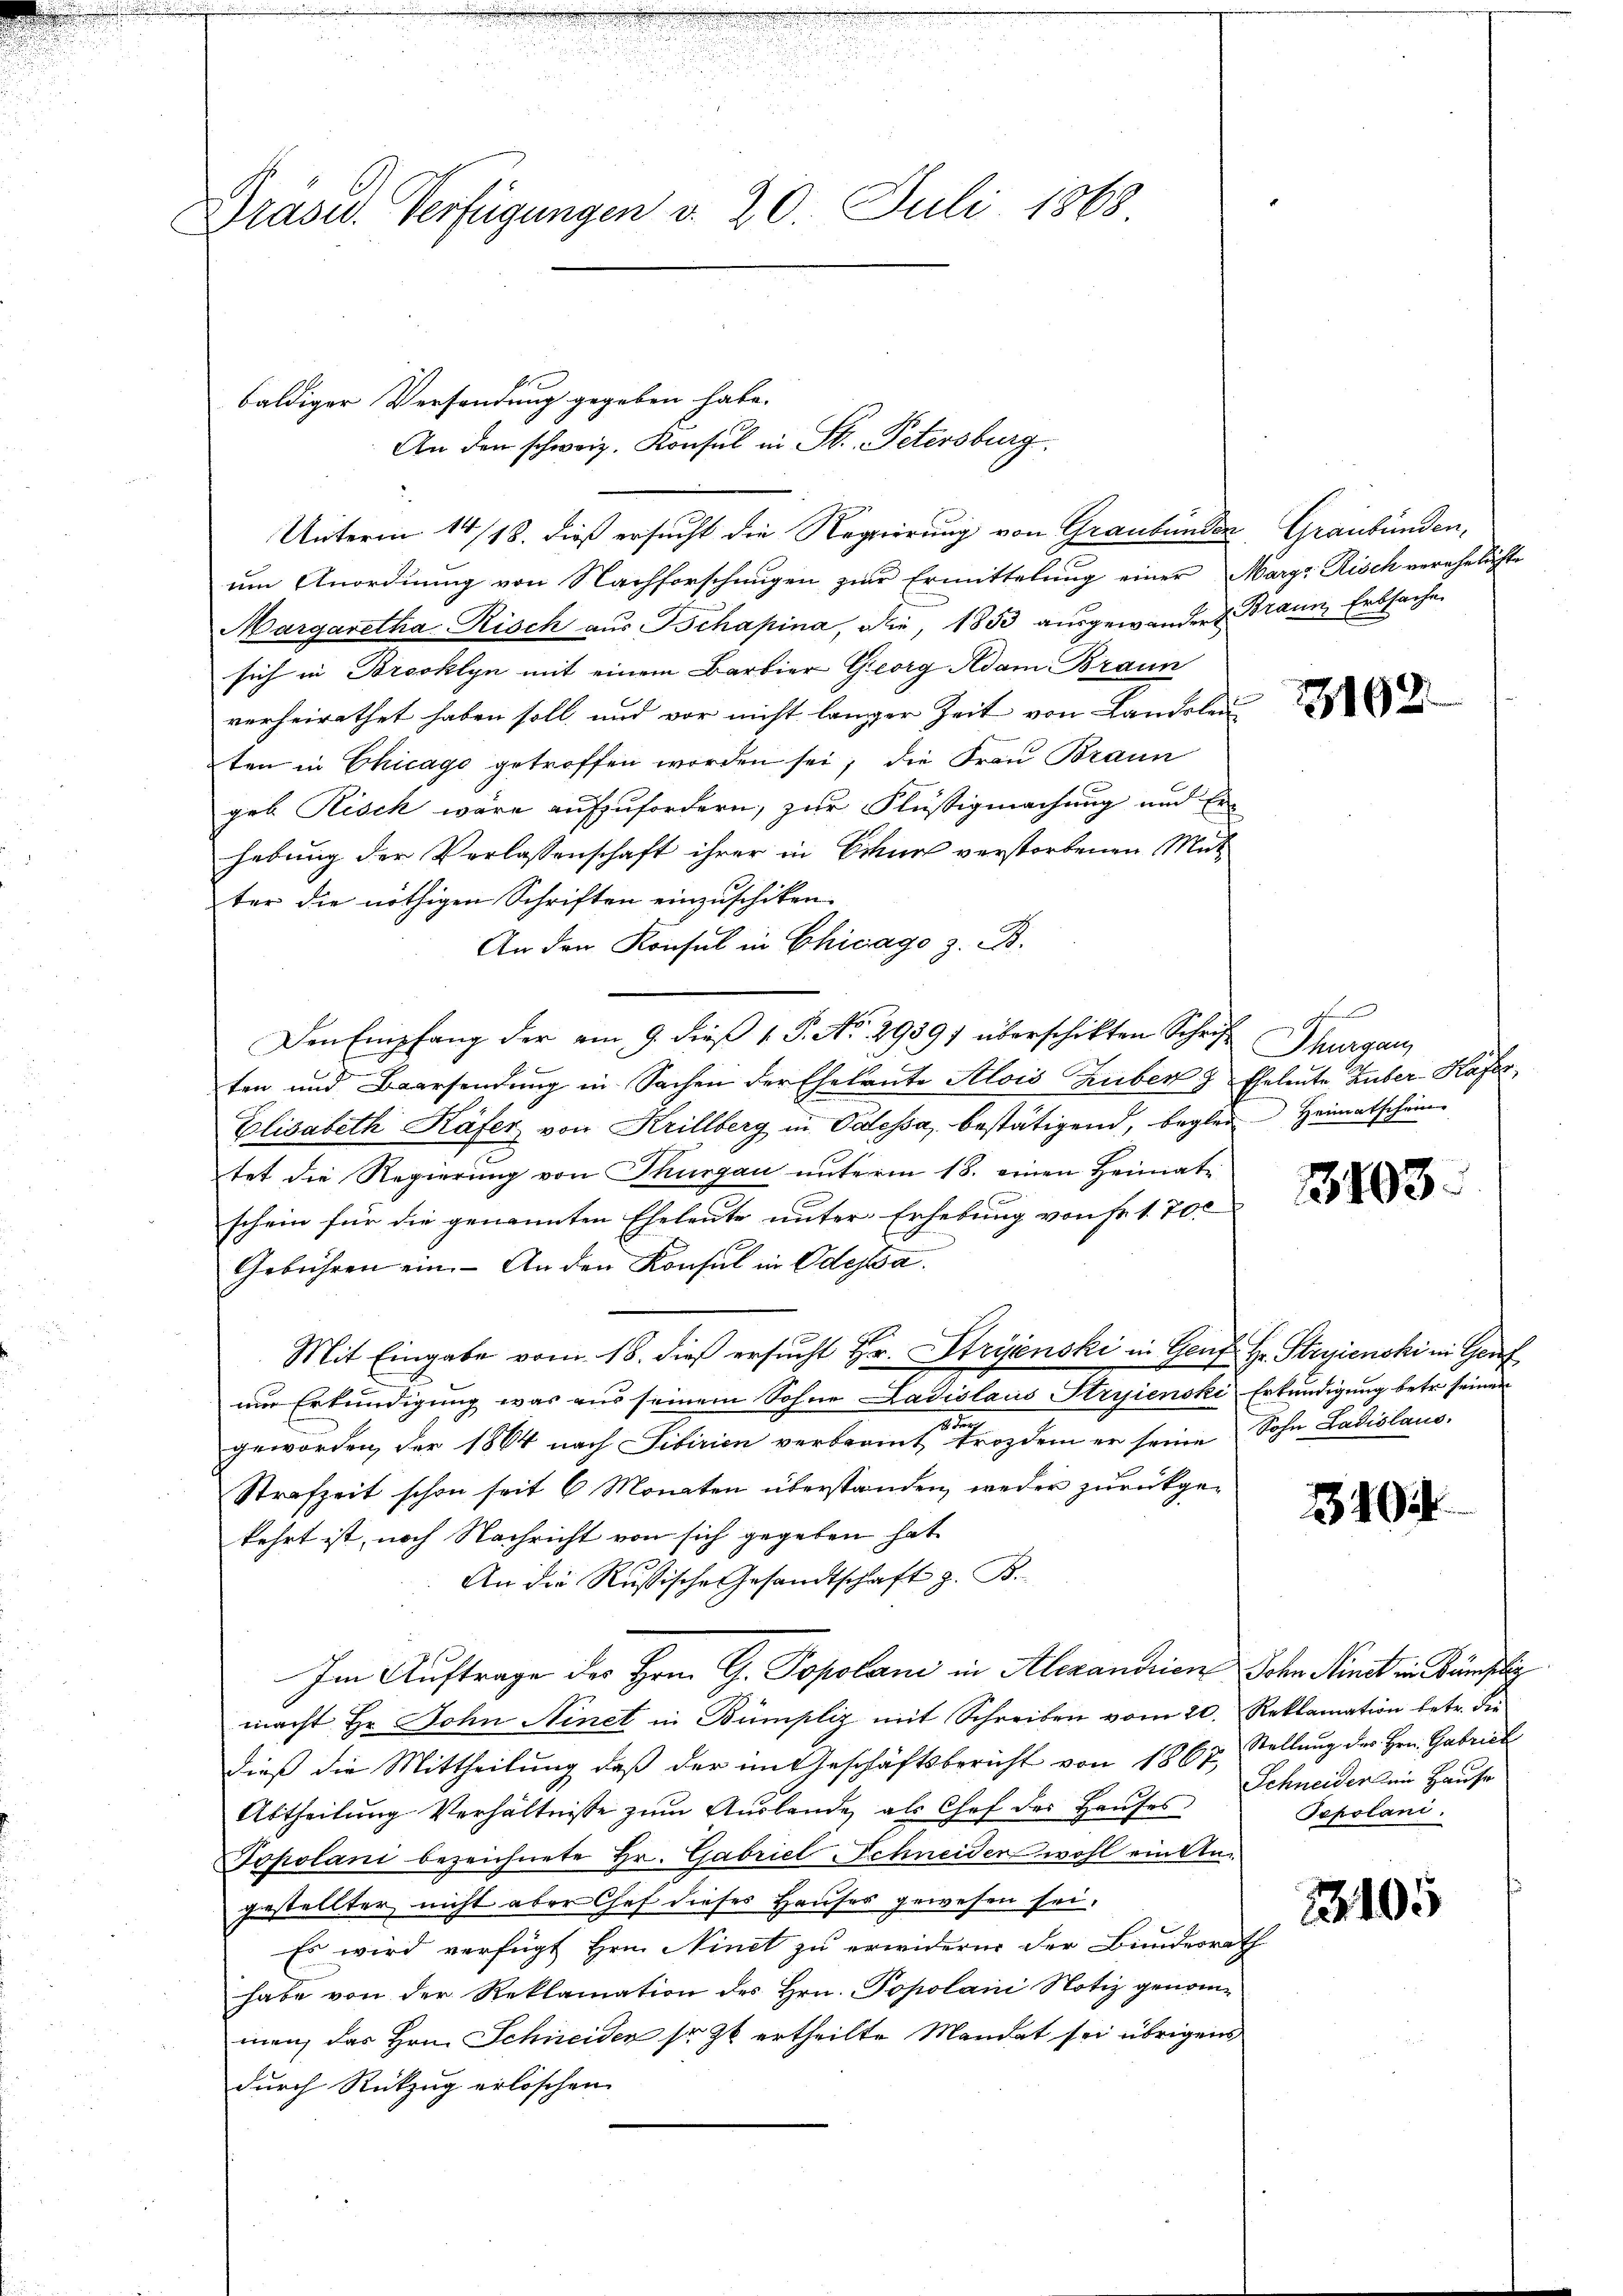
Dräsid. Verfügungen d. 20. Juli 1868

baldiger Versendung gegeben habe.
Unterm 14/18. dieß ersucht die Regierung von Graubünden Graubünden,
um Anordnung von Nachforschungen zur Ermittelung einer Marge Risch verehelichte
Margaretha Risch aus Tschapina, die, 1853 ausgewandert Braun, Erbsache
sich in Brooklyn mit einem Barbier Georg Adam Braun
verheirathet haben soll und vor nicht länger Zeit von Landsleu
ten in Chicago getroffen worden sei; die Frau Braun
geb Risch wäre aufzufordern, zur Flüssigmachung und Erhebung der Verlassenschaft ihrer in Chur verstorbenen Mut
ter die nöthigen Schriften einzuschiken.
An den Konsul in Chicago z. B.
Den Empfang der am 9. dieß 1 S. No. 29391 überschikten Schriften und Baarsendŭng in Sachen der Eheleute Alois Zuber & Eheleute Huber Kaser
Elisabeth Käfer von Krillberg in Odessa, bestätigend, beglei- Heimatschein-
tet die Regierung von Thurgau unterm 18. einen Heimatschein für die genannten Eheleute unter Erhebung von Fr. 1700
Gebühren ein. - An den Konsul in Odessa.
Mit Eingabe vom 18. dieß ersucht Hr. Strynski in Genf Hr. Steyenski in Genf
um Erkundigung was aus seinem Sohne Ladislaus Stryienski Erkundigung betr. seinen
1 Fr
geworden, der 1864 nach Sibirien verbramt trozdem er seine Sohn Ladislaus-
Strafzeit schon seit 6 Monaten überstanden, weder zurückgekehrt ist, noch Nachricht von sich gegeben hat
An die Russische Gesandtschaft z. B.
Im Auftrage des Hrn. G. Topolan in Alexandrian Sohn Minet in Baselig
macht Hr. John Ninet in Bümpliz mit Schreiben vom 20. Reklamation betr. die
dieß die Mittheilung daß der im Geschäftsbericht von 1867, Stellŭng der Hrn. Gabrich
Abtheilung Verhältnisse zum Auslande als Chef der Hauses
Sopolani bezeichnete Hr. Gabriel Schneider wohl ein Angestellter nicht aber Chef dieses Hauses gewesen sei.
Es wird verfügt Hrn. Ninet zu erwidern der Bundesrath
habe von der Reklamation des Hrn. Popolani Notiz genommen, das Hrn. Schneiden so zu ertheilte Mandat sei übrigens
durch Rückzug erlöschen.

An den schweiz. Konsul in St. Petersburg.

3162.

u
Thurgau,

3103.

10

Schneider ein Hause
Pepolani.

2405